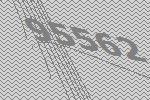
95562